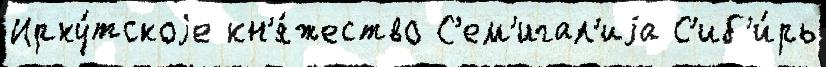
Ирку́тскоjе кн'я́жество С'ем'игал'иjа С'иб'и́рь